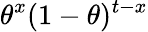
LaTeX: \theta^{x}(1-\theta)^{t-x}